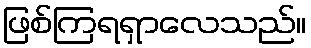
ဖြစ်ကြရရှာလေသည်။